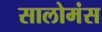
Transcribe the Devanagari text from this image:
सालोमंस